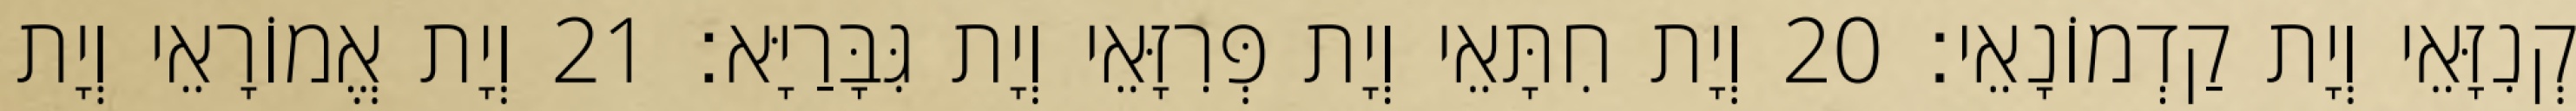
קְנִזָּאֵי וְיָת קַדְמוֹנָאֵי׃ 20 וְיָת חִתָּאֵי וְיָת פְּרִזָּאֵי וְיָת גִּבָּרַיָּא׃ 21 וְיָת אֱמוֹרָאֵי וְיָת